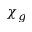
\chi _ { g }